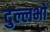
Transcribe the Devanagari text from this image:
दुल्लभो